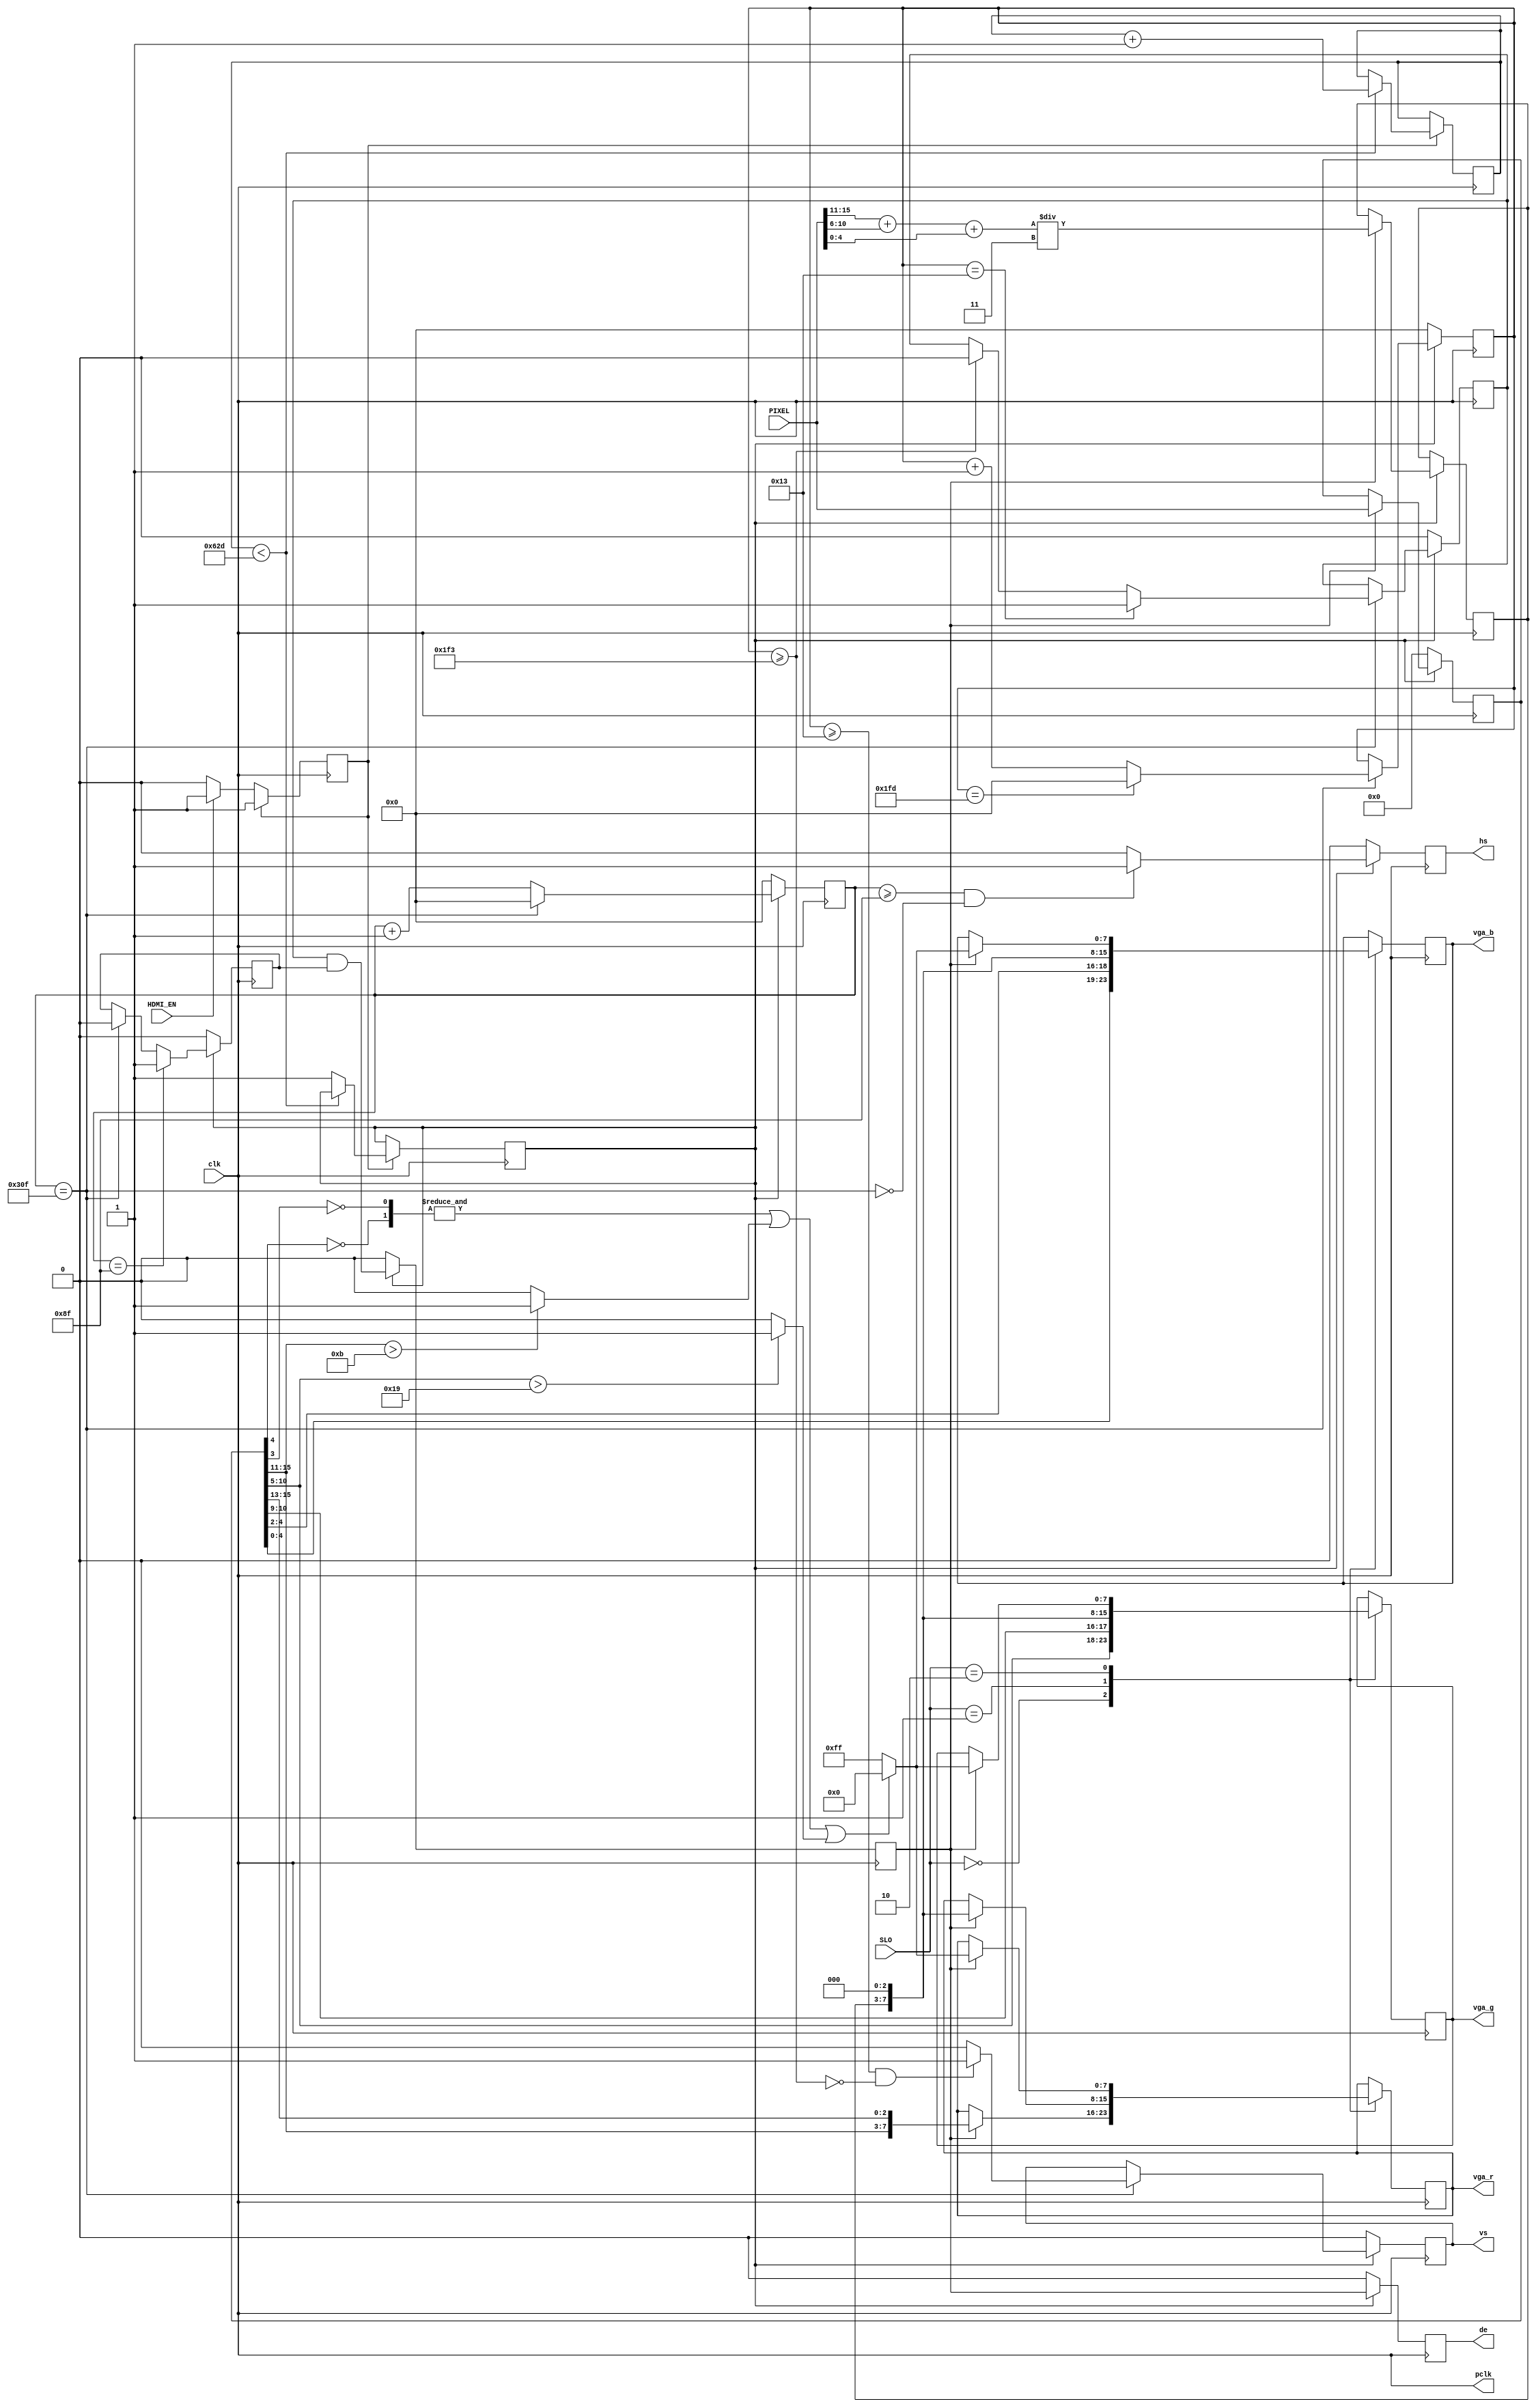
module HDMI_RGB_VPG (
	// Input
	input								clk,
	input								HDMI_EN,
	input					[15:0]		PIXEL,
	input					[1:0]		SLO,
	// Output
	output						pclk,
	output	reg					hs,
	output	reg					vs,
	output	reg					de,
	output	reg		[7:0]		vga_r,
	output 	reg		[7:0]		vga_g,
	output	reg		[7:0] 	vga_b
	);

	// VGA 640x480 parameter
	// Horizontal
	localparam 		h_total 		= 12'd783;
	localparam 		h_sync			= 12'd143;
	localparam		h_start  		= 12'd143;
	localparam 		h_end   		= 12'd783;
	// Vertical
	localparam 		v_total 		= 12'd509;
	localparam 		v_sync			= 12'd19;
	localparam		v_start  		= 12'd19;
	localparam 		v_end   		= 12'd499;

	// Reg/Wire //
	reg		[11:0]		h_count;
	reg		[11:0]		v_count;
	reg					h_act; 
	reg					v_act;
	reg					pre_vga_de;
	wire				h_max, hs_end, hr_start, hr_end;
	wire				v_max, vs_end, vr_start, vr_end;
	
	// Frame Condition
	assign h_max 		= h_count == h_total;
	assign hs_end 		= h_count >= h_sync;
	assign hr_start 	= h_count == h_start; 
	assign hr_end 		= h_count == h_end;
	assign v_max 		= v_count == v_total;
	assign vs_end 		= v_count >= v_sync;
	assign vr_start 	= v_count == v_start; 
	assign vr_end 		= v_count >= v_end;
	assign pclk 		= clk;
	
	// HDMI Start when buffer is filled with 1 pixel CAM_DTA
  	
	localparam 			WAIT_BUFFER		= 1'b0;
	localparam 			BUFFER_FULL		= 1'b1;
	reg 				BUFFER_STATE 	= 1'b0; 
	reg 				HDMI_START 		= 1'b0;
	reg      [10:0]		cnt = 11'd0;
	
	always @(posedge clk)
		case (BUFFER_STATE)
		WAIT_BUFFER: BUFFER_STATE 	<= HDMI_EN ? BUFFER_FULL : WAIT_BUFFER; 
		BUFFER_FULL: 
			begin
				if (cnt < 11'd1581)	// Delay for 2 lines (1 line = 784 pixels) (base 1581)
					cnt <= cnt + 11'd1;
				else
				begin
					HDMI_START 	<= 1'b1;
				end
			end
		endcase
	
	// Horizontal Control Signals
	always @(posedge clk) 
	begin
		 if (!HDMI_START)
		 begin
			  h_count <= 12'b0;
			  hs      <= 1'b0;
			  h_act   <= 1'b0;
		 end
		 else
		 begin
			if (h_max)
				h_count <= 12'b0;
			else
				h_count <= h_count + 12'b1;
			  
			if (hs_end && !h_max)
				hs	<=	1'b1;
			else
				hs	<=	1'b0;

			if (hr_start)
				h_act		<=	1'b1;
			else if (hr_end)
				h_act		<=	1'b0;
		 end
	end
	
	// Vertical Control Signals
	always @(posedge clk) 
	begin
		 if(!HDMI_START)
		 begin
			  v_count <= 12'b0;
			  vs      <= 1'b0;
			  v_act   <= 1'b0;
		 end
		 else
		 begin
			  if(h_max)
			  begin
					if (v_max)
						v_count <= 12'b0;
					else
						v_count <= v_count + 12'b1;

					if (vs_end && !vr_end)
						 vs <= 1'b1;
					else
						 vs <= 1'b0;

					if (vr_start)
						 v_act <= 1'b1;
					else if (vr_end)
						v_act <= 1'b0;	 
			  end
		 end
	end
	
	// Data Control Signals
	reg 		[15:0] 		PRE_PIXEL;
	reg 		[4:0]			GREY_PIXEL;
	wire R_TH, G_TH;
	wire [1:0] B_TH;
	wire TH;
	// Threshold
	assign R_TH = (PRE_PIXEL[15:11] > 5'd11) ? 1'b1 : 1'b0;
	assign G_TH = (PRE_PIXEL[10:5] > 6'd25) ? 1'b1 : 1'b0;
	assign B_TH[1] = PRE_PIXEL[4] ^ 1'b1;
	assign B_TH[0] = PRE_PIXEL[3] ^ 1'b1;
	assign TH = &B_TH || R_TH || G_TH;
	
	localparam RGB = 2'd0;
	localparam GREY = 2'd1;
	localparam THRESHOLD = 2'd2;
	
	// Select output
	always @(posedge clk)
	begin
		case (SLO)
		RGB:
		begin
			if (pre_vga_de)
				vga_r <= {PRE_PIXEL[15:11], PRE_PIXEL[15:13]};
				vga_g <= {PRE_PIXEL[10:5], PRE_PIXEL[10:9]};
				vga_b <= {PRE_PIXEL[4:0], PRE_PIXEL[4:2]};
		end
		GREY:
		begin
			if (pre_vga_de)
				vga_r <= {GREY_PIXEL, 3'b0};
				vga_g <= {GREY_PIXEL, 3'b0};
				vga_b <= {GREY_PIXEL, 3'b0};
		end
		THRESHOLD:
		begin
			if (pre_vga_de)
				if (TH)
					{vga_r, vga_g, vga_b} <= 24'h00_00_00;
				else
					{vga_r, vga_g, vga_b} <= 24'hFF_FF_FF;
		end
		endcase
	end

	always @(posedge clk)
	begin
		if (!HDMI_START)
		begin 
			de 			<= 1'b0;
			pre_vga_de  <= 1'b0;
			PRE_PIXEL	<= 16'b0;
		end
		else
		begin
			de     		<= pre_vga_de;
			pre_vga_de 	<= v_act && h_act;
			if (pre_vga_de)
			begin 
				PRE_PIXEL  <= PIXEL;
				GREY_PIXEL <= (PIXEL[15:11] + PIXEL[10:6] + PIXEL[4:0]) / 3'd3;
			end
		end
	end
endmodule